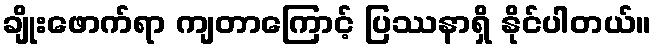
ချိုးဖောက်ရာ ကျတာကြောင့် ပြဿနာရှိ နိုင်ပါတယ်။